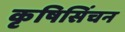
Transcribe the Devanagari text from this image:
कृषिसिंचन